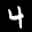
Label: 4